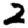
Digit: 2